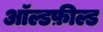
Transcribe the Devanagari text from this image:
ऑल्डफ़ील्ड